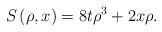
LaTeX: \begin{align*}S\left( \rho,x\right) =8t\rho^{3}+2x\rho. \end{align*}